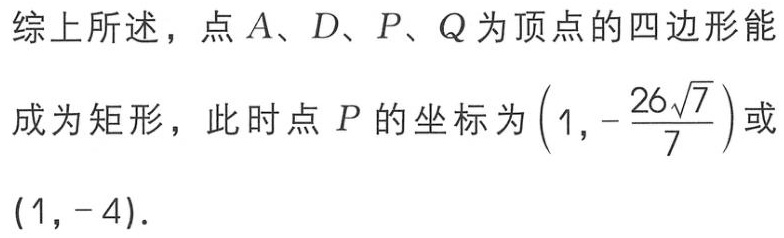
综上所述，点\(A、D、P、Q\)为顶点的四边形能成为矩形，此时点\(P\)的坐标为\(\left(1,-\dfrac{26\sqrt{7}}{7}\right)\)或\((1,-4)\)．